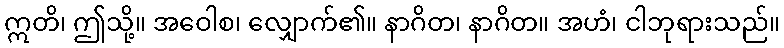
ဣတိ၊ ဤသို့။ အဝေါစ၊ လျှောက်၏။ နာဂိတ၊ နာဂိတ။ အဟံ၊ ငါဘုရားသည်။